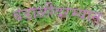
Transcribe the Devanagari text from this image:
बंडाळीदरम्यान